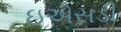
ઇએસડી